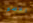
الاسم